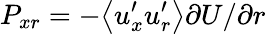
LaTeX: P_{xr}=-\big<u_{x}^{\prime}u_{r}^{\prime}\big>\partial U/\partial r